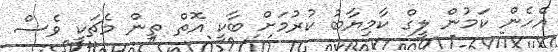
އެހެން ކަމުން ލީގް ކާމިޔާބު ކުރުމަށް ބާކީ އޮތް ތިން މެޗަކީ ވެސް